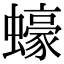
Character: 蠔